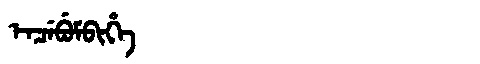
Manchu: ᡝᠨᠴᡝᠪᡠᠮᠪᡳᡥᡝ
Romanization: ENCEBUMBIHE